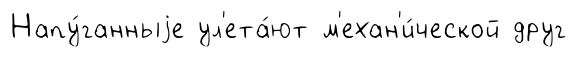
Напу́ганныjе ул'ета́ют м'ехан'и́ческой друг